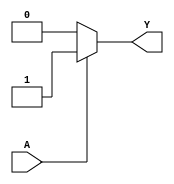
module single_variable_kmap (
    input wire A,  // Single binary input variable
    output wire Y  // Binary output
);

// K-map Logic
// The output Y is high (1) if the K-map specifies it to be high for the corresponding input A.
// Let's define Y based on the K-map values Y0 and Y1.
parameter Y0 = 0; // Output when A = 0
parameter Y1 = 1; // Output when A = 1

assign Y = (A == 1) ? Y1 : Y0; // Output logic based on K-map

endmodule